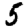
Digit: 5